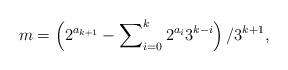
LaTeX: \begin{align*}m=\left(2^{a_{k+1}}-\sum\nolimits_{i=0}^{k}2^{a_{i}}3^{k-i}\right) / 3^{k+1},\end{align*}